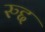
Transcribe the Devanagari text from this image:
रुद्द